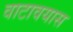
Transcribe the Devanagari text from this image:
वाटावयास